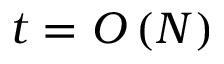
t = O \left( N \right)